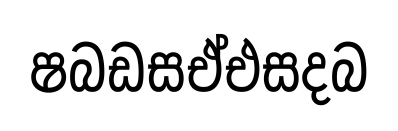
ෂබඩසඒඑසදබ